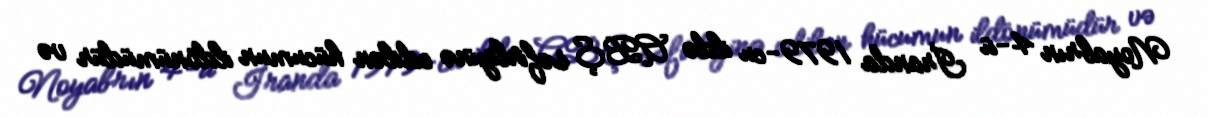
Noyabrın 4-ü İranda 1979-cu ildə ABŞ səfirliyinə edilən hücumun ildönümüdür və